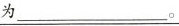
为___。